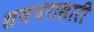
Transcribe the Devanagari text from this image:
समपरासारी